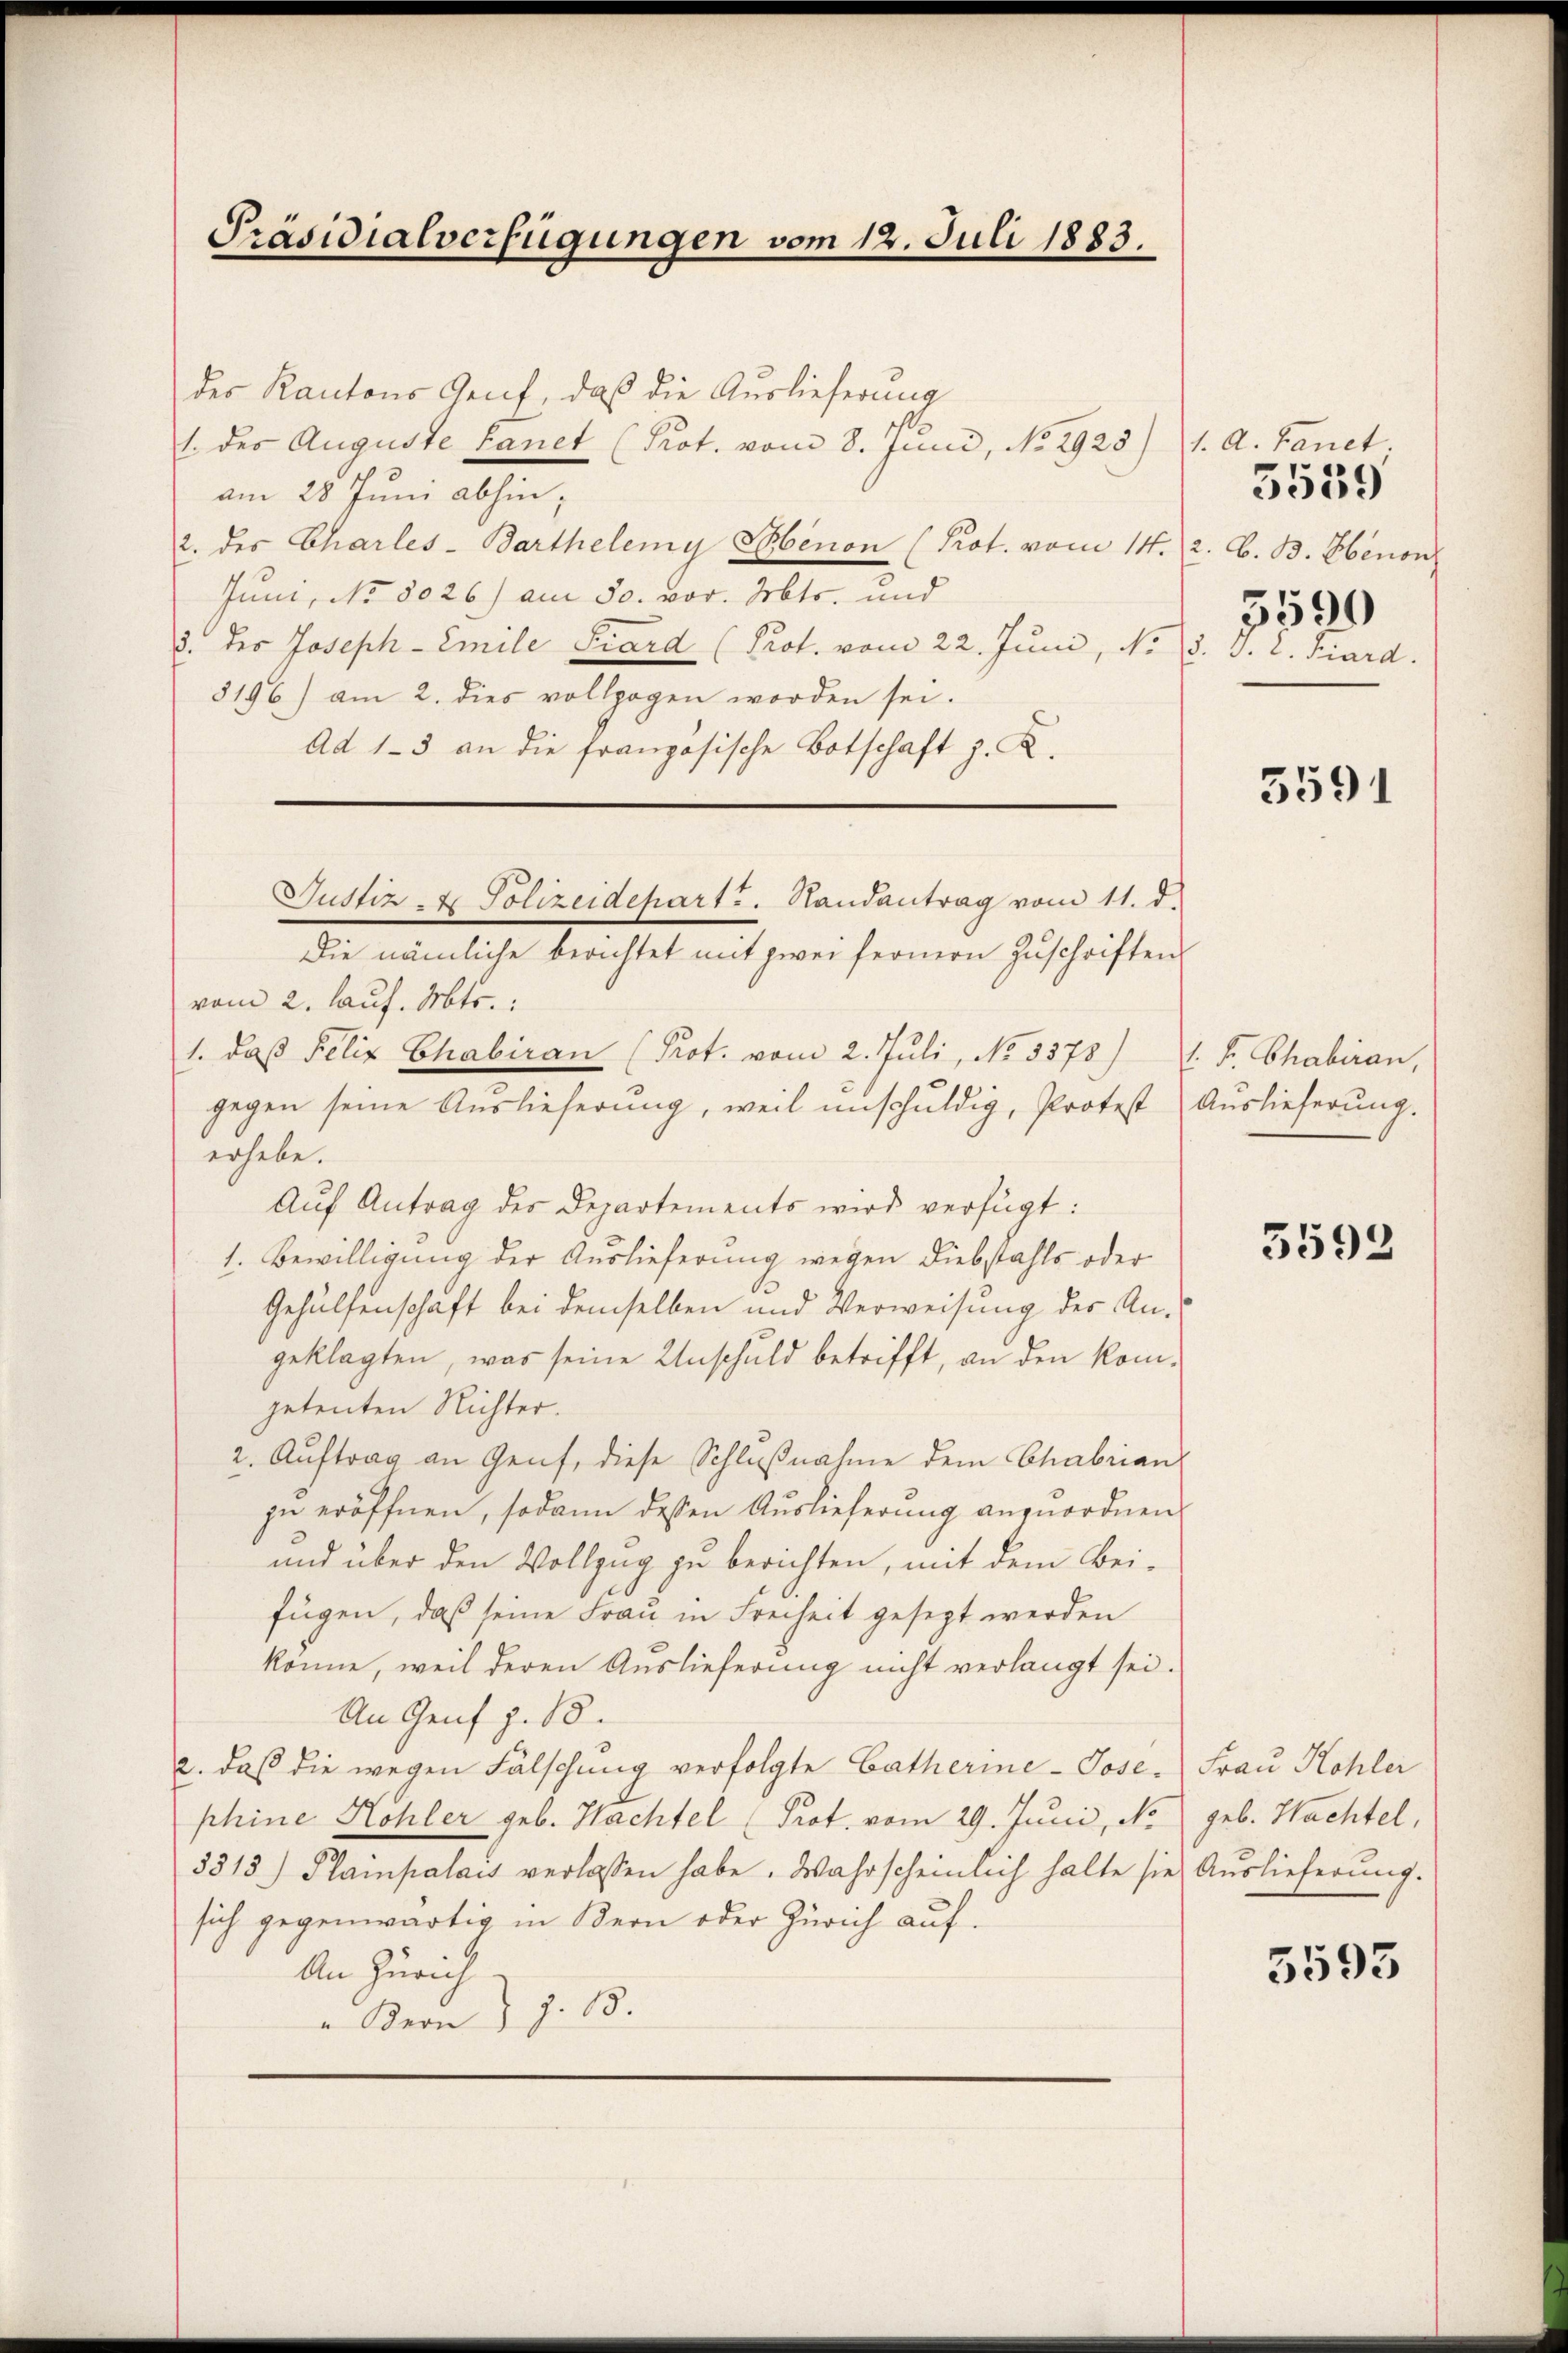
Präsidialverfügungen vom 12. Juli 1883.

des Kantons Genf, daß die Auslieferung
1. des Auguste Lanet (Prot. vom 8. Juni, No 2925)
am 28 Juni abhin,
2. des Charles-Barthelemy Senon (Prot. vom 14
Juni, No 8026) am 30. vor. Mts. und
d. Der Joseph-Emile Prard (Prof. vom 22. Juni, No 13. J. L. Fiard.
8196) am 2. dies vollzogen worden sei.
Ad 1-3 an die französische Botschaft z. K.

Justiz & Polizeidepart u. Randantrag vom 11. d.

Die nämliche berichtet mit zwei fernern Zuschriften
vom 2. lauf. Mts.:
1. daß Felix Chabiran (Prot. vom 2. Juli, No 3375). F. Chabiran,
gegen seine Auslieferung, weil unschuldig, Protest Auslieferŭng.
erhebe.
Auf Antrag des Departements wird verfügt:
1. Bewilligung der Auslieferung wegen Diebstahls oder
Gehülfenschaft bei demselben und Verweisung der Angeklagten, was seine Unschuld betrifft, an den kompetenten Richter.
2. Auftrag an Genf, diese Schlußnahme dem Chabrian
zu eröffnen, sodann dessen Auslieferung anzuordnen,
und über den Vollzug zu berichten, mit dem Beifügen, daß seine Frau in Freiheit gesezt werden
könne, weil deren Auslieferung nicht verlangt sei.
An Genf z. B.
2. daß die wegen Fälschung verfolgte Catherine-Jose. Frau Kohlei
phine Kohler geb. Nachtel (Prot. vom 29. Juni, No
3313) Plainpalais verlassen habe. Wahrscheinlich halte sie Auslieferung.
sich gegenwärtig in Bern oder Zürich auf¬
An Zürich
Beon J. J. 18.

1. d. Fanet;
2. B. B. Ebenon
3590

3539

3591

5592

geb. Wachtel,

5593